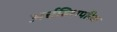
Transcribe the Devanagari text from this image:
अर्चबिशपरिक